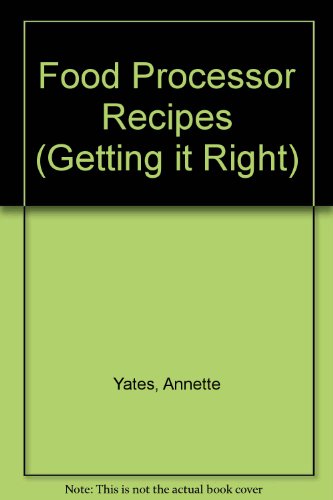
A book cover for Food Processor Recipes (Getting It Right Series); Daphne Metland; Cookbooks, Food & Wine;